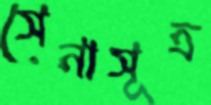
সেনাসূত্র